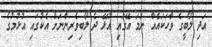
އަދި ލޯބީގެ ވާހަކައެއް ނަމަ އޭގައި އުޅޭ ދެ ލޯބިވެރިންނަށް އެކުގައި އުޅުމުގެ